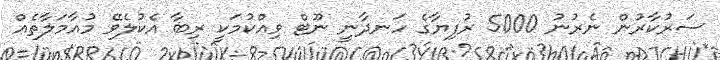
ސަރުކާރުން ނެރުނު 5000 ރުފިޔާގެ ހަނދާނީ ނޫޓް ވިއްކުމަކީ ރިބާ އެކުލެވޭ މުއާމަލާތެއް